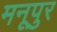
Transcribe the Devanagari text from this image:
मनूपुर